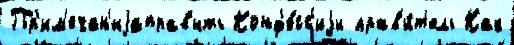
Пр'им'ечан'иjаправ'ить Конф'е́сс'иjи прав'и́т'ель Как